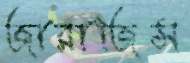
জারাজিস